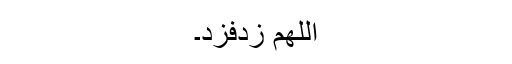
اللھم زدفزد۔